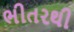
ભીતરથી